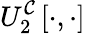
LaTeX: U_{2}^{\mathcal{C}}\left[\cdot,\cdot\right]